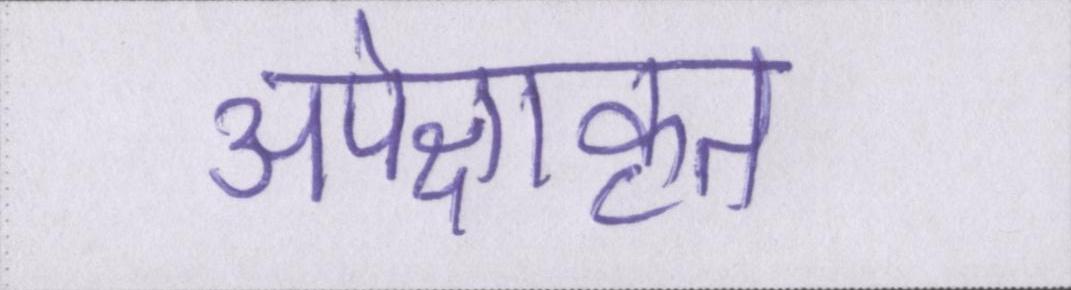
अपेक्षाकृत